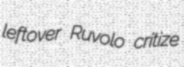
leftover Ruvolo critize